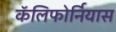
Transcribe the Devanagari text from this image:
कॅलिफोर्नियास